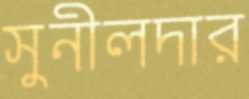
সুনীলদার